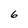
Character: 6